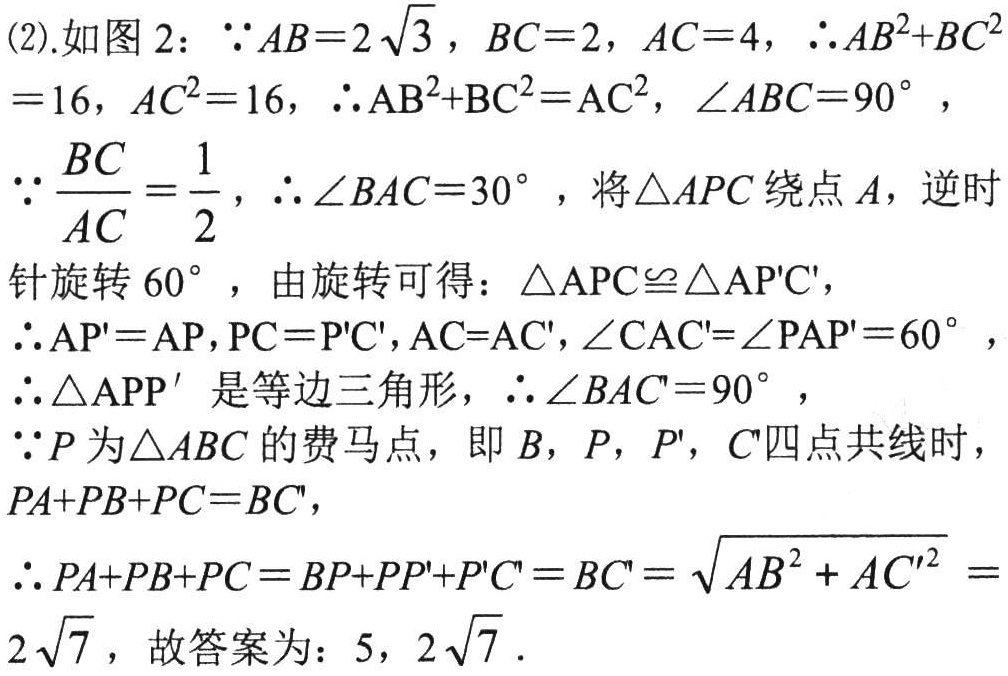
(2).如图2：\(\because AB = 2\sqrt{3}\)，\(BC = 2\)，\(AC = 4\)，\(\therefore AB^{2}+BC^{2}=16\)，\(AC^{2}=16\)，\(\therefore \mathrm{AB}^{2}+\mathrm{BC}^{2}=\mathrm{AC}^{2}\)，\(\angle ABC = 90^{\circ}\)，
\(\because\frac{BC}{AC}=\frac{1}{2}\)，\(\therefore \angle BAC = 30^{\circ}\)，将\(\triangle APC\)绕点\(A\)，逆时
针旋转\(60^{\circ}\)，由旋转可得：\(\triangle \mathrm{APC}\cong\triangle \mathrm{AP}'\mathrm{C}'\)，
\(\therefore \mathrm{AP}'=\mathrm{AP}\)，\(\mathrm{PC}=\mathrm{P}'\mathrm{C}'\)，\(\mathrm{AC}=\mathrm{AC}'\)，\(\angle \mathrm{CAC}'=\angle \mathrm{PAP}' = 60^{\circ}\)，
\(\therefore \triangle \mathrm{APP}'\)是等边三角形，\(\therefore \angle BAC' = 90^{\circ}\)，
\(\because P\)为\(\triangle ABC\)的费马点，即\(B\)，\(P\)，\(P'\)，\(C'\)四点共线时，
\(PA + PB + PC=BC'\)，
\(\therefore PA + PB + PC=BP + PP'+P'C' = BC'=\sqrt{AB^{2}+AC'^{2}}=\)
\(2\sqrt{7}\)，故答案为：\(5\)，\(2\sqrt{7}\)．